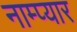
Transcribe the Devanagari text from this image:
नाम्प्यार